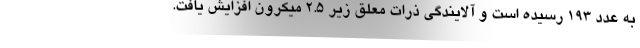
به عدد ۱۹۳ رسیده است و آلایندگی ذرات معلق زیر ۲.۵ میکرون افزایش یافت.